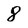
Character: 8